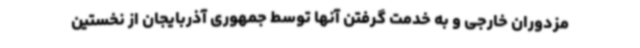
مزدوران خارجی و به خدمت گرفتن آنها توسط جمهوری آذربایجان از نخستین